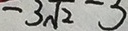
- 3 \sqrt { 2 }